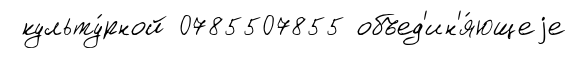
культу́рной 0785507855 объед'ин'я́ющеjе